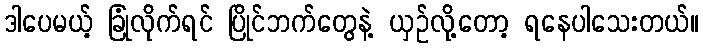
ဒါပေမယ့် ခြုံလိုက်ရင် ပြိုင်ဘက်တွေနဲ့ ယှဉ်လို့တော့ ရနေပါသေးတယ်။